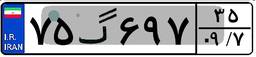
۹۵گ۴۲۵۶۷